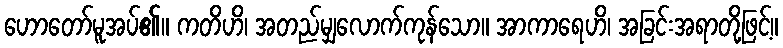
ဟောတော်မူအပ်၏။ ကတိဟိ၊ အတည်မျှလောက်ကုန်သော။ အာကာရေဟိ၊ အခြင်းအရာတို့ဖြင့်။